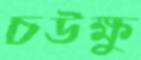
চউক্ষু